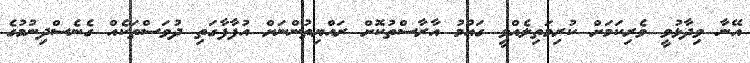
އޭނާ ވިދާޅުވީ ވެރިކަމަށް ކުރިމަތިލެއްވީ ގައުމު އާރާސްތުކޮށް ރައްޔިތުންނަށް އުފާފާގަތި ދުވަސްތަކެއް ގެނެސްދިނުމުގެ